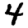
Digit: 4